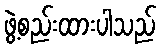
ဖွဲ့စည်းထားပါသည်